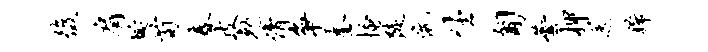
后肩埏荀春皮勉倩争奎搔陡伉生匍芸柙送稀